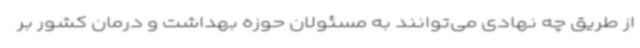
از طریق چه نهادی می‌توانند به مسئولان حوزه بهداشت و درمان کشور بر